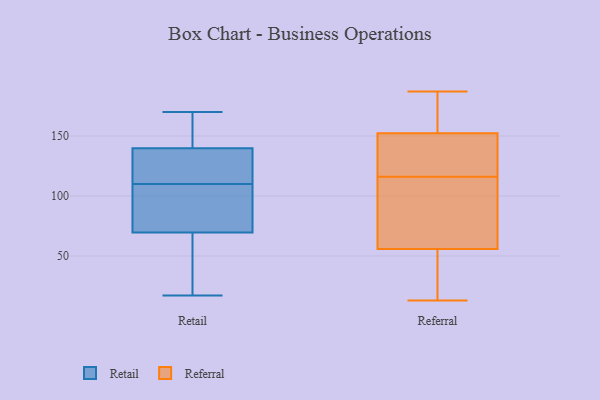
{"axis": {"x": "Page Views", "y": "Value"}, "legend": ["Referral", "Retail"], "data": [{"x": "", "y": 70, "type": "Retail"}, {"x": "", "y": 28, "type": "Retail"}, {"x": "", "y": 114, "type": "Retail"}, {"x": "", "y": 132, "type": "Retail"}, {"x": "", "y": 17, "type": "Retail"}, {"x": "", "y": 170, "type": "Retail"}, {"x": "", "y": 163, "type": "Retail"}, {"x": "", "y": 83, "type": "Retail"}, {"x": "", "y": 167, "type": "Retail"}, {"x": "", "y": 110, "type": "Retail"}, {"x": "", "y": 68, "type": "Retail"}, {"x": "", "y": 116, "type": "Retail"}, {"x": "", "y": 106, "type": "Retail"}, {"x": "", "y": 176, "type": "Referral"}, {"x": "", "y": 85, "type": "Referral"}, {"x": "", "y": 117, "type": "Referral"}, {"x": "", "y": 116, "type": "Referral"}, {"x": "", "y": 27, "type": "Referral"}, {"x": "", "y": 46, "type": "Referral"}, {"x": "", "y": 13, "type": "Referral"}, {"x": "", "y": 144, "type": "Referral"}, {"x": "", "y": 180, "type": "Referral"}, {"x": "", "y": 155, "type": "Referral"}, {"x": "", "y": 111, "type": "Referral"}, {"x": "", "y": 120, "type": "Referral"}, {"x": "", "y": 23, "type": "Referral"}, {"x": "", "y": 110, "type": "Referral"}, {"x": "", "y": 90, "type": "Referral"}, {"x": "", "y": 187, "type": "Referral"}, {"x": "", "y": 137, "type": "Referral"}, {"x": "", "y": 184, "type": "Referral"}, {"x": "", "y": 14, "type": "Referral"}]}